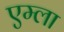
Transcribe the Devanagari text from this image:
एम्ला